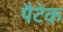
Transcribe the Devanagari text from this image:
पैटेक